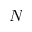
N